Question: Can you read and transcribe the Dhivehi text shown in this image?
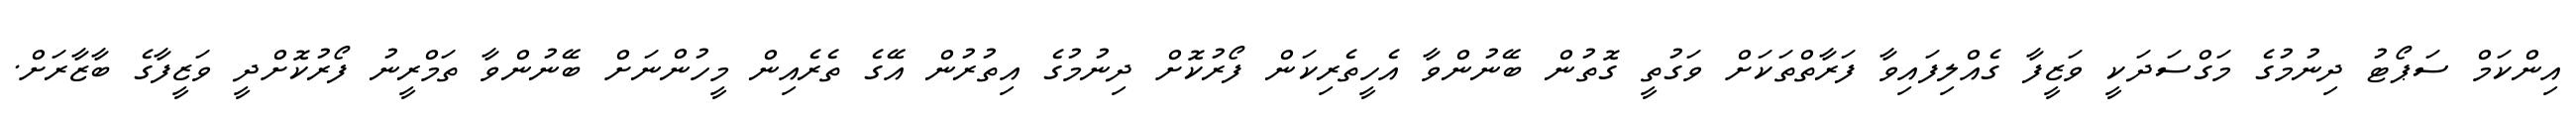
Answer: އިންކަމް ސަޕޯޓު ދިނުމުގެ މަގްސަދަކީ ވަޒީފާ ގެއްލިފައިވާ ފަރާތްތަކަށް ވަގުތީ ގޮތުން ބޭނުންވާ އެހީތެރިކަން ފޯރުކޮށް ދިނުމުގެ އިތުރުން އޭގެ ތެރެއިން މީހުންނަށް ބޭނުންވާ ތަމްރީނު ފޯރުކޮށްދީ ވަޒީފާގެ ބާޒާރަށް.